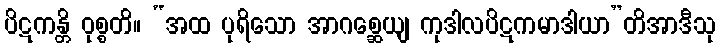
ပိဋကန္တိ ဝုစ္စတိ။ “အထ ပုရိသော အာဂစ္ဆေယျ ကုဒါလပိဋကမာဒါယာ”တိအာဒီသု